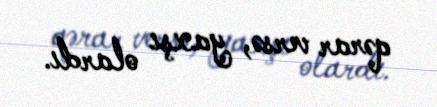
qərar versə, yaxşı olardı.